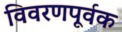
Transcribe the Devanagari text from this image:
विवरणपूर्वक